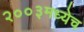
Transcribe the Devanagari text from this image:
२००३मध्येच